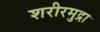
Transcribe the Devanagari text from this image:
शरीरमुद्रा